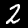
Digit: 2